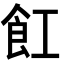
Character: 𮨷